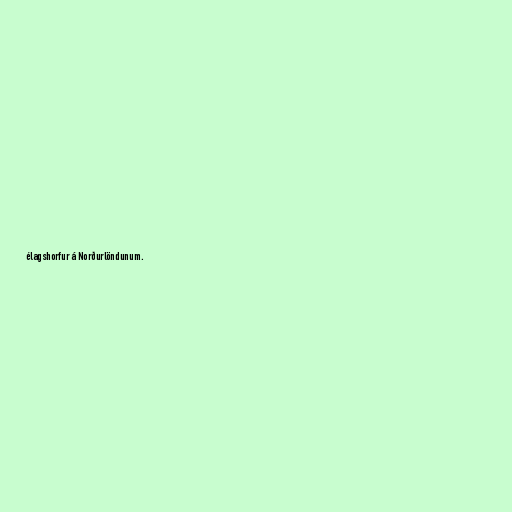
élagshorfur á Norðurlöndunum.